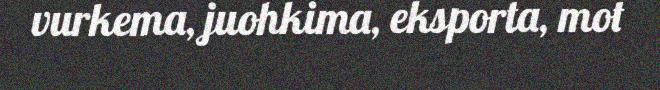
vurkema, juohkima, eksporta, mot